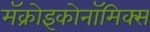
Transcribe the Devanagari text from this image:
मॅक्रोइकोनॉमिक्स